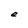
Character: e